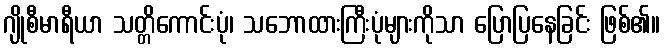
ဂျိုစီမာရီယာ သတ္တိကောင်းပုံ၊ သဘောထားကြီးပုံများကိုသာ ပြောပြနေခြင်း ဖြစ်၏။